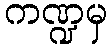
ကဏ္ဍမှ